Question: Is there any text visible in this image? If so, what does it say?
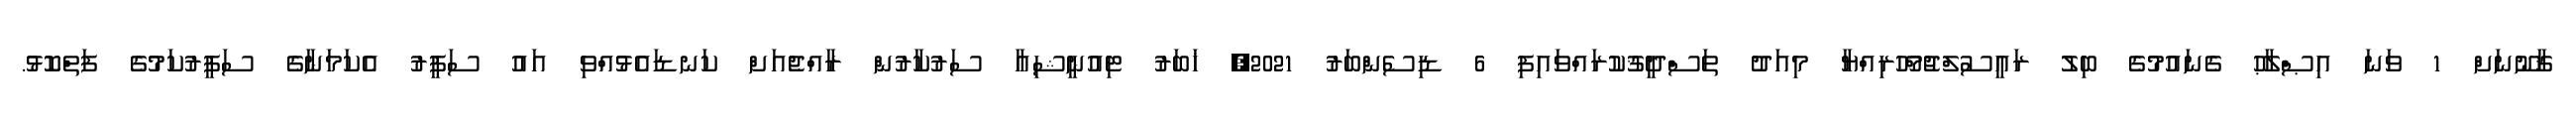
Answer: ޤާނޫނަށް 1 ވަނަ އިޞްލާޙު ގެނައުމުގެ ބިލު ރައީސުލްޖުމްހޫރިއްޔާ މިއަދު ތަސްދީޤުކުރައްވައިފި 6 ޑިސެންބަރު 2021, ޚަބަރު ޓިއުނީޝިއާ ސަރުކާރުން ރާއްޖެއަށް ކަނޑައެޅުއްވި އައު ސަފީރު އެކަމަނާގެ ސަފީރުކަމުގެ ފަތްކޮޅު.